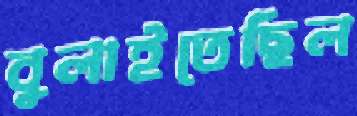
বুলাইতেছিল